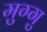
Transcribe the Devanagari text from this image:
मुग्गु